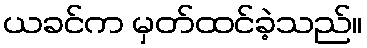
ယခင်က မှတ်ထင်ခဲ့သည်။